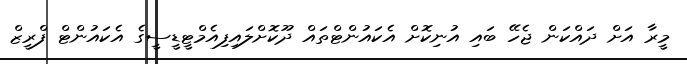
މީރާ އަށް ދައްކަން ޖެހޭ ބައި އުނިކޮށް އެކައުންޓްތައް ދޫކޮށްލައިފިއެމްޓީޑީސީގެ އެކައުންޓް ފްރީޒް